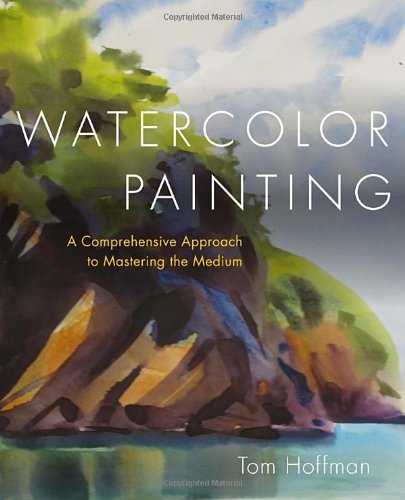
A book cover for Watercolor Painting: A Comprehensive Approach to Mastering the Medium; Tom Hoffmann; Arts & Photography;